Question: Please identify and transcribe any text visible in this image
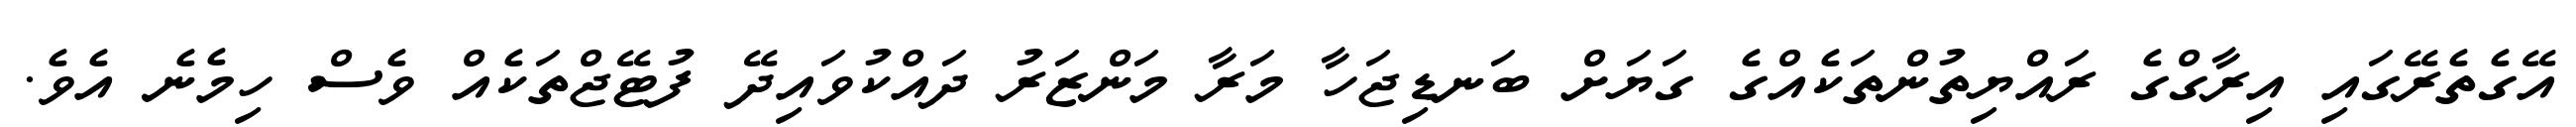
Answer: އޭގެތެރޭގައި އިރާގްގެ ރައްޔިތުންތަކެއްގެ ގަޔަށް ބަނޑިޖަހާ މަރާ މަންޒަރު ދައްކުވައިދޭ ފުޓޭޖްތަކެއް ވެސް ހިމެނެ އެވެ.